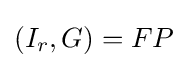
{\textstyle (I_{r},G)=FP}